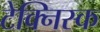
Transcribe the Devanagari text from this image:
टेक्निस्क